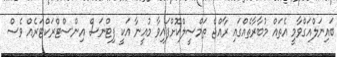
ބައިނަލްއަގްވާމީ އެތައް މުބާރާތެއްގައި ރާއްޖެ ތަމްސީލްކޮށްފައިވާ މުއީނާ އަކީ ފިޓްނަސް އިންސްޓްރަކްޓަރެއް ވެސް